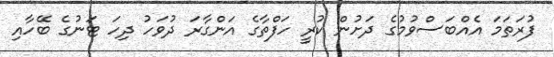
ފުރަތަމަ އެއްބަސްވުމުގެ ދަށުން ކުރީ ހަފްތާގެ އަންގާރަ ދުވަހު ދިހަ ޓަނުގެ ބޭހާއި